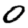
Digit: 0